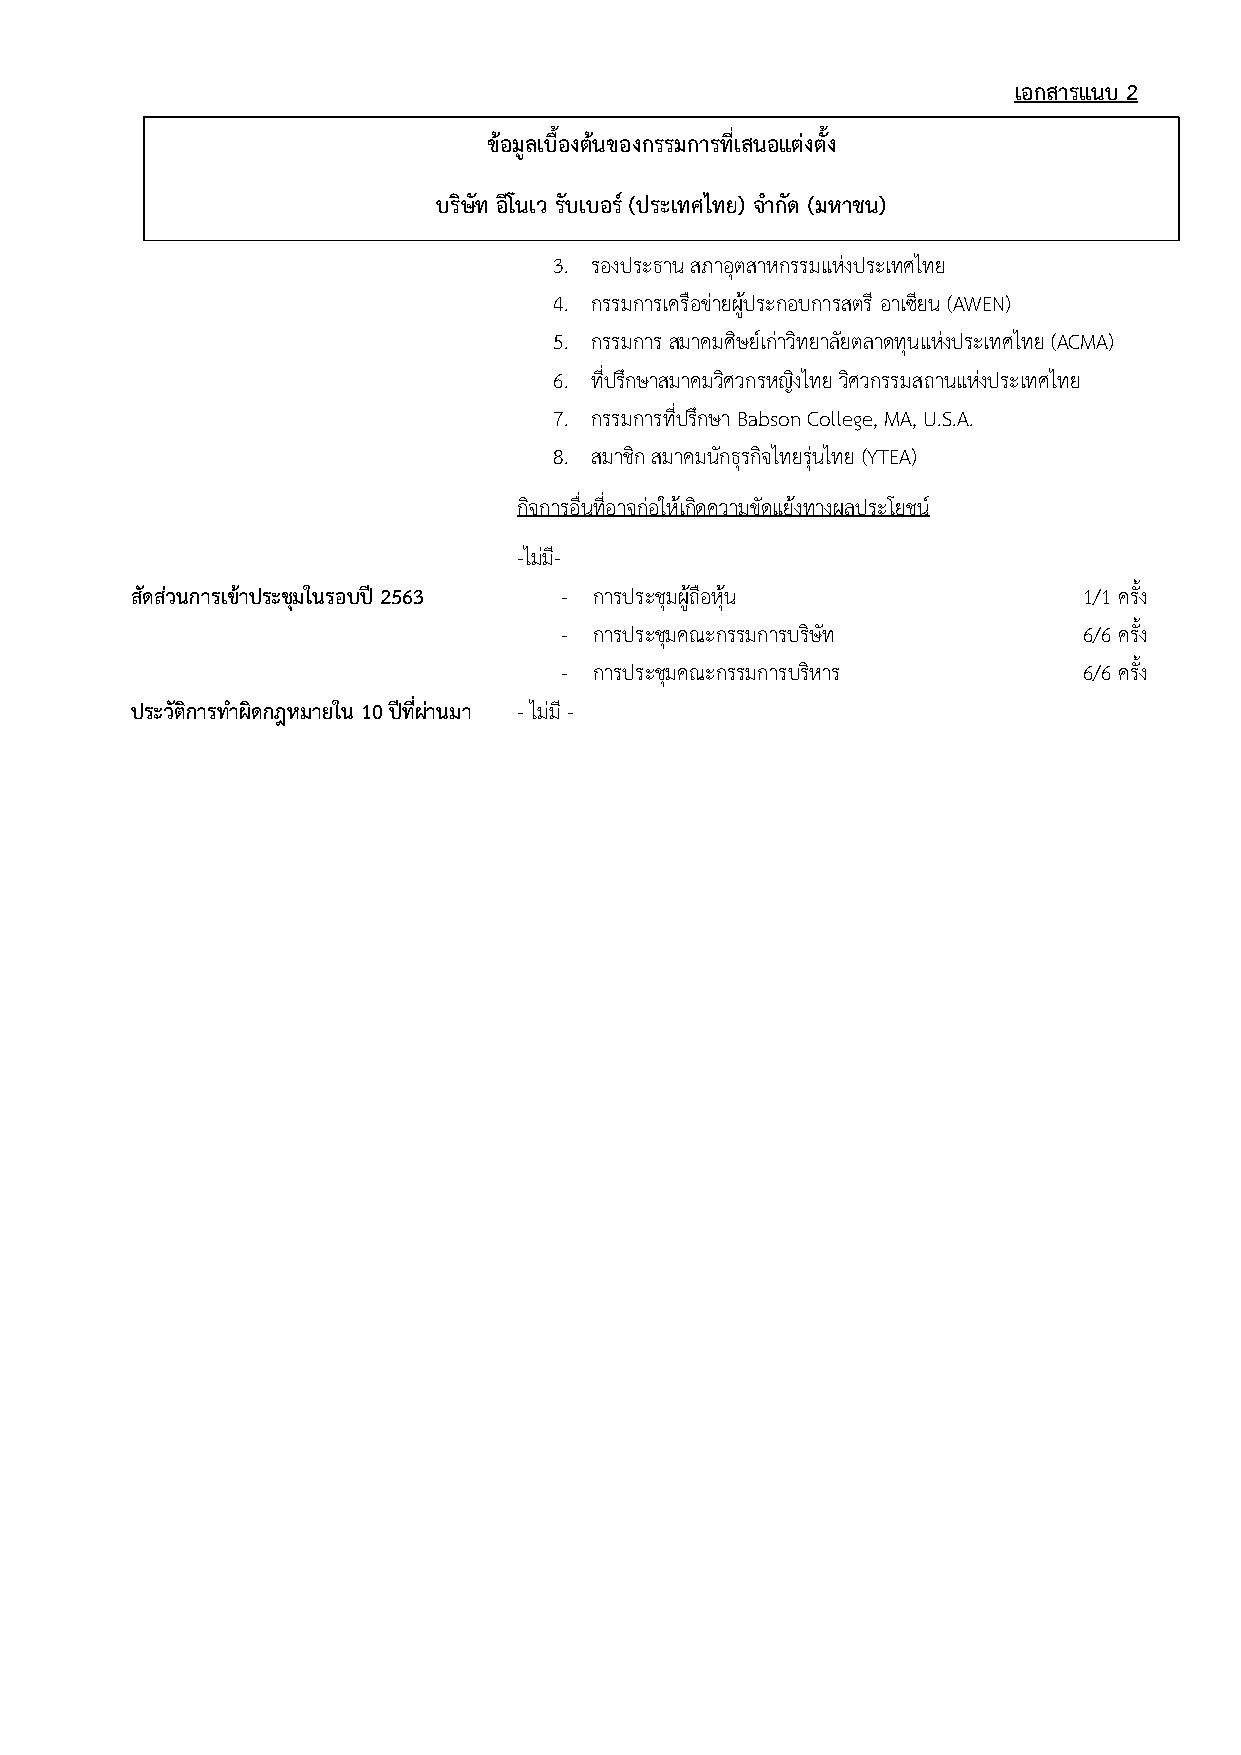
เอกสารแนบ 2
 ข้อมูลเบื้องต้นของกรรมการที่เสนอแต่งตั้ง
 บริษัท อีโนเว รับเบอร์ (ประเทศไทย) จ ากัด (มหาชน)
 3. รองประธาน สภาอุตสาหกรรมแห่งประเทศไทย
 4. กรรมการเครือข่ายผู้ประกอบการสตรี อาเซียน (AWEN)
 5. กรรมการ สมาคมศิษย์เก่าวิทยาลัยตลาดทุนแห่งประเทศไทย (ACMA)
 6. ที่ปรึกษาสมาคมวิศวกรหญิงไทย วิศวกรรมสถานแห่งประเทศไทย
 7. กรรมการที่ปรึกษา Babson College, MA, U.S.A.
 8. สมาชิก สมาคมนักธุรกิจไทยรุ่นไทย (YTEA)
 กิจการอื่นที่อาจก่อให้เกิดความขัดแย้งทางผลประโยชน์
 -ไม่มี-
 สัดส่วนการเข้าประชมุ ในรอบปี 2563 - การประชุมผู้ถือหุ้น        1/1 ครั้ง
 - การประชุมคณะกรรมการบรษิ ัท       6 / 6 ค ร ั้ง
 - การประชุมคณะกรรมการบรหิ าร       6/6 ครั้ง
 ประวัติการท าผิดกฎหมายใน 10 ปีที่ผ่านมา - ไม่มี -